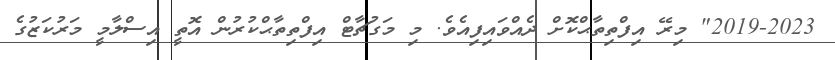
2019-2023" މިރޭ އިފްތިތާޙްކޮށް ދެއްވައިފިއެވެ. މި މަގުޗާޓް އިފްތިތާޙްކުރުން އޮތީ އިސްލާމީ މަރުކަޒުގެ